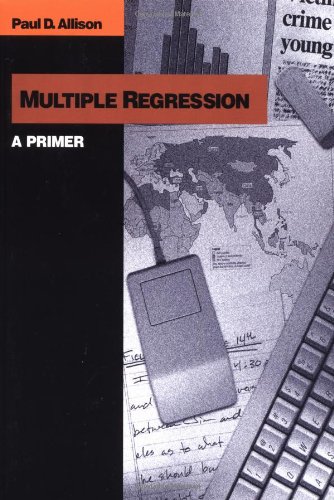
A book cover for Multiple Regression: A Primer (Research Methods and Statistics); Paul D. Allison; Science & Math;